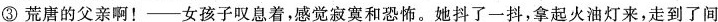
③荒唐的父亲啊！___女孩子叹息着，感觉和恐怖。她抖了一抖，拿起火油灯来，走到了间